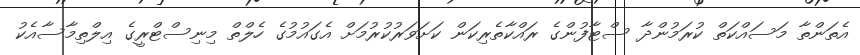
އެތަންތާ މަސައްކަތް ކުރަމުންދާ ސްޓާފުންގެ ރައްކާތެރިކަން ކަށަވަރުކުރުމަށް އެގައުމުގެ ހެލްތް މިނިސްޓްރީގެ އިލްތިމާސާއެކު